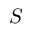
S